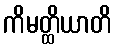
ကိမတ္ထိယာတိ